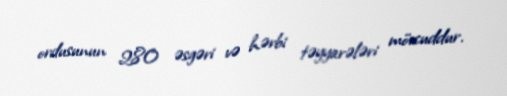
ordusunun 280 əsgəri və hərbi təyyarələri mövcuddur.